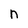
Character: n